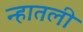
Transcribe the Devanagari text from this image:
न्हातली